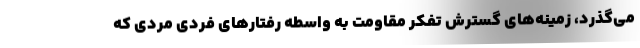
می‌گذرد، زمینه‌های گسترش تفکر مقاومت به واسطه رفتارهای فردی مردی که